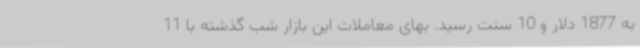
به 1877 دلار و 10 سنت رسید. بهای معاملات این بازار شب گذشته با 11